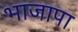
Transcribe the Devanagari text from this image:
भाजापा